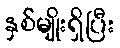
နှစ်မျိုးရှိပြီး